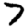
Digit: 7